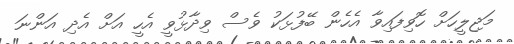
މަޖިލީހަށް ހޮވިފައިވާ އެހެން ބޭފުޅަކު ވެސް ވިދާޅުވީ އެހީ އަށް އެދި އަންނަ